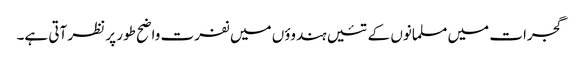
گجرات میں مسلمانوں کے تئیں ہندوؤں میں نفرت واضح طور پر نظر آتی ہے۔